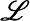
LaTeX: \mathscr{L}